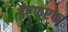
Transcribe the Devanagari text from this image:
ईएफएफ